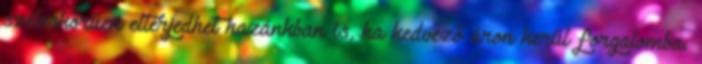
széleskörűen elterjedhet hazánkban is, ha kedvező áron kerül forgalomba.